Civil Veterinary Dept. North-West Frontier Province 1901-22 - 1901-1922
Year: 1901
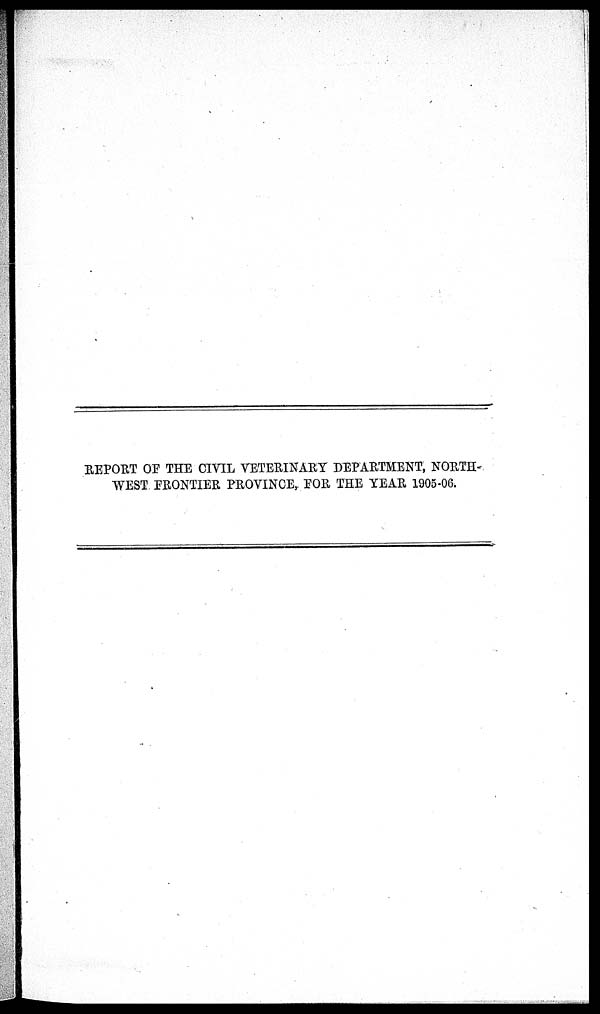
REPORT OF THE CIVIL VETERINARY DEPARTMENT, NORTH-
WEST FRONTIER PROVINCE, FOR THE YEAR 1905-06.